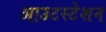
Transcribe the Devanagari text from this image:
आउटस्टेशन